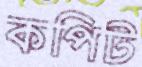
কপিট